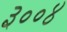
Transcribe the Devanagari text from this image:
३००४